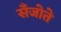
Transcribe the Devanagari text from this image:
सँजोते